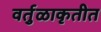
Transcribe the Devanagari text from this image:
वर्तुळाकृतीत